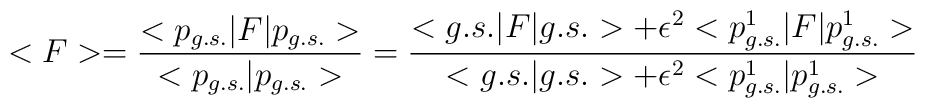
<F>=\frac{<p_{g.s.}|F|p_{g.s.}>}{<p_{g.s.}|p_{g.s.}>}=\frac{<g.s.|F|g.s.>+\epsilon^{2}<p_{g.s.}^{1}|F|p_{g.s.}^{1}>}{<g.s.|g.s.>+\epsilon^{2}<p_{g.s.}^{1}|p_{g.s.}^{1}>}